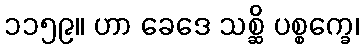
၁၁၅၉။ ဟာ ခေဒေ သစ္ဆိ ပစ္စက္ခေ၊